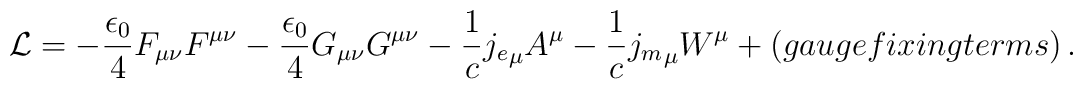
{\cal L} =  - \frac{\epsilon_{0}}{4} F_{\mu \nu} F^{\mu \nu}                - \frac{\epsilon_{0}}{4} G_{\mu \nu} G^{\mu \nu}              - \frac{1}{c} {j_{e}}_{\mu} A^{\mu}  - \frac{1}{c} {j_{m}}_{\mu} W^{\mu}             +  (gauge fixing terms)  \, .